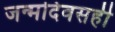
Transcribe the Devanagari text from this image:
जन्मदिवसही